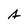
Character: A